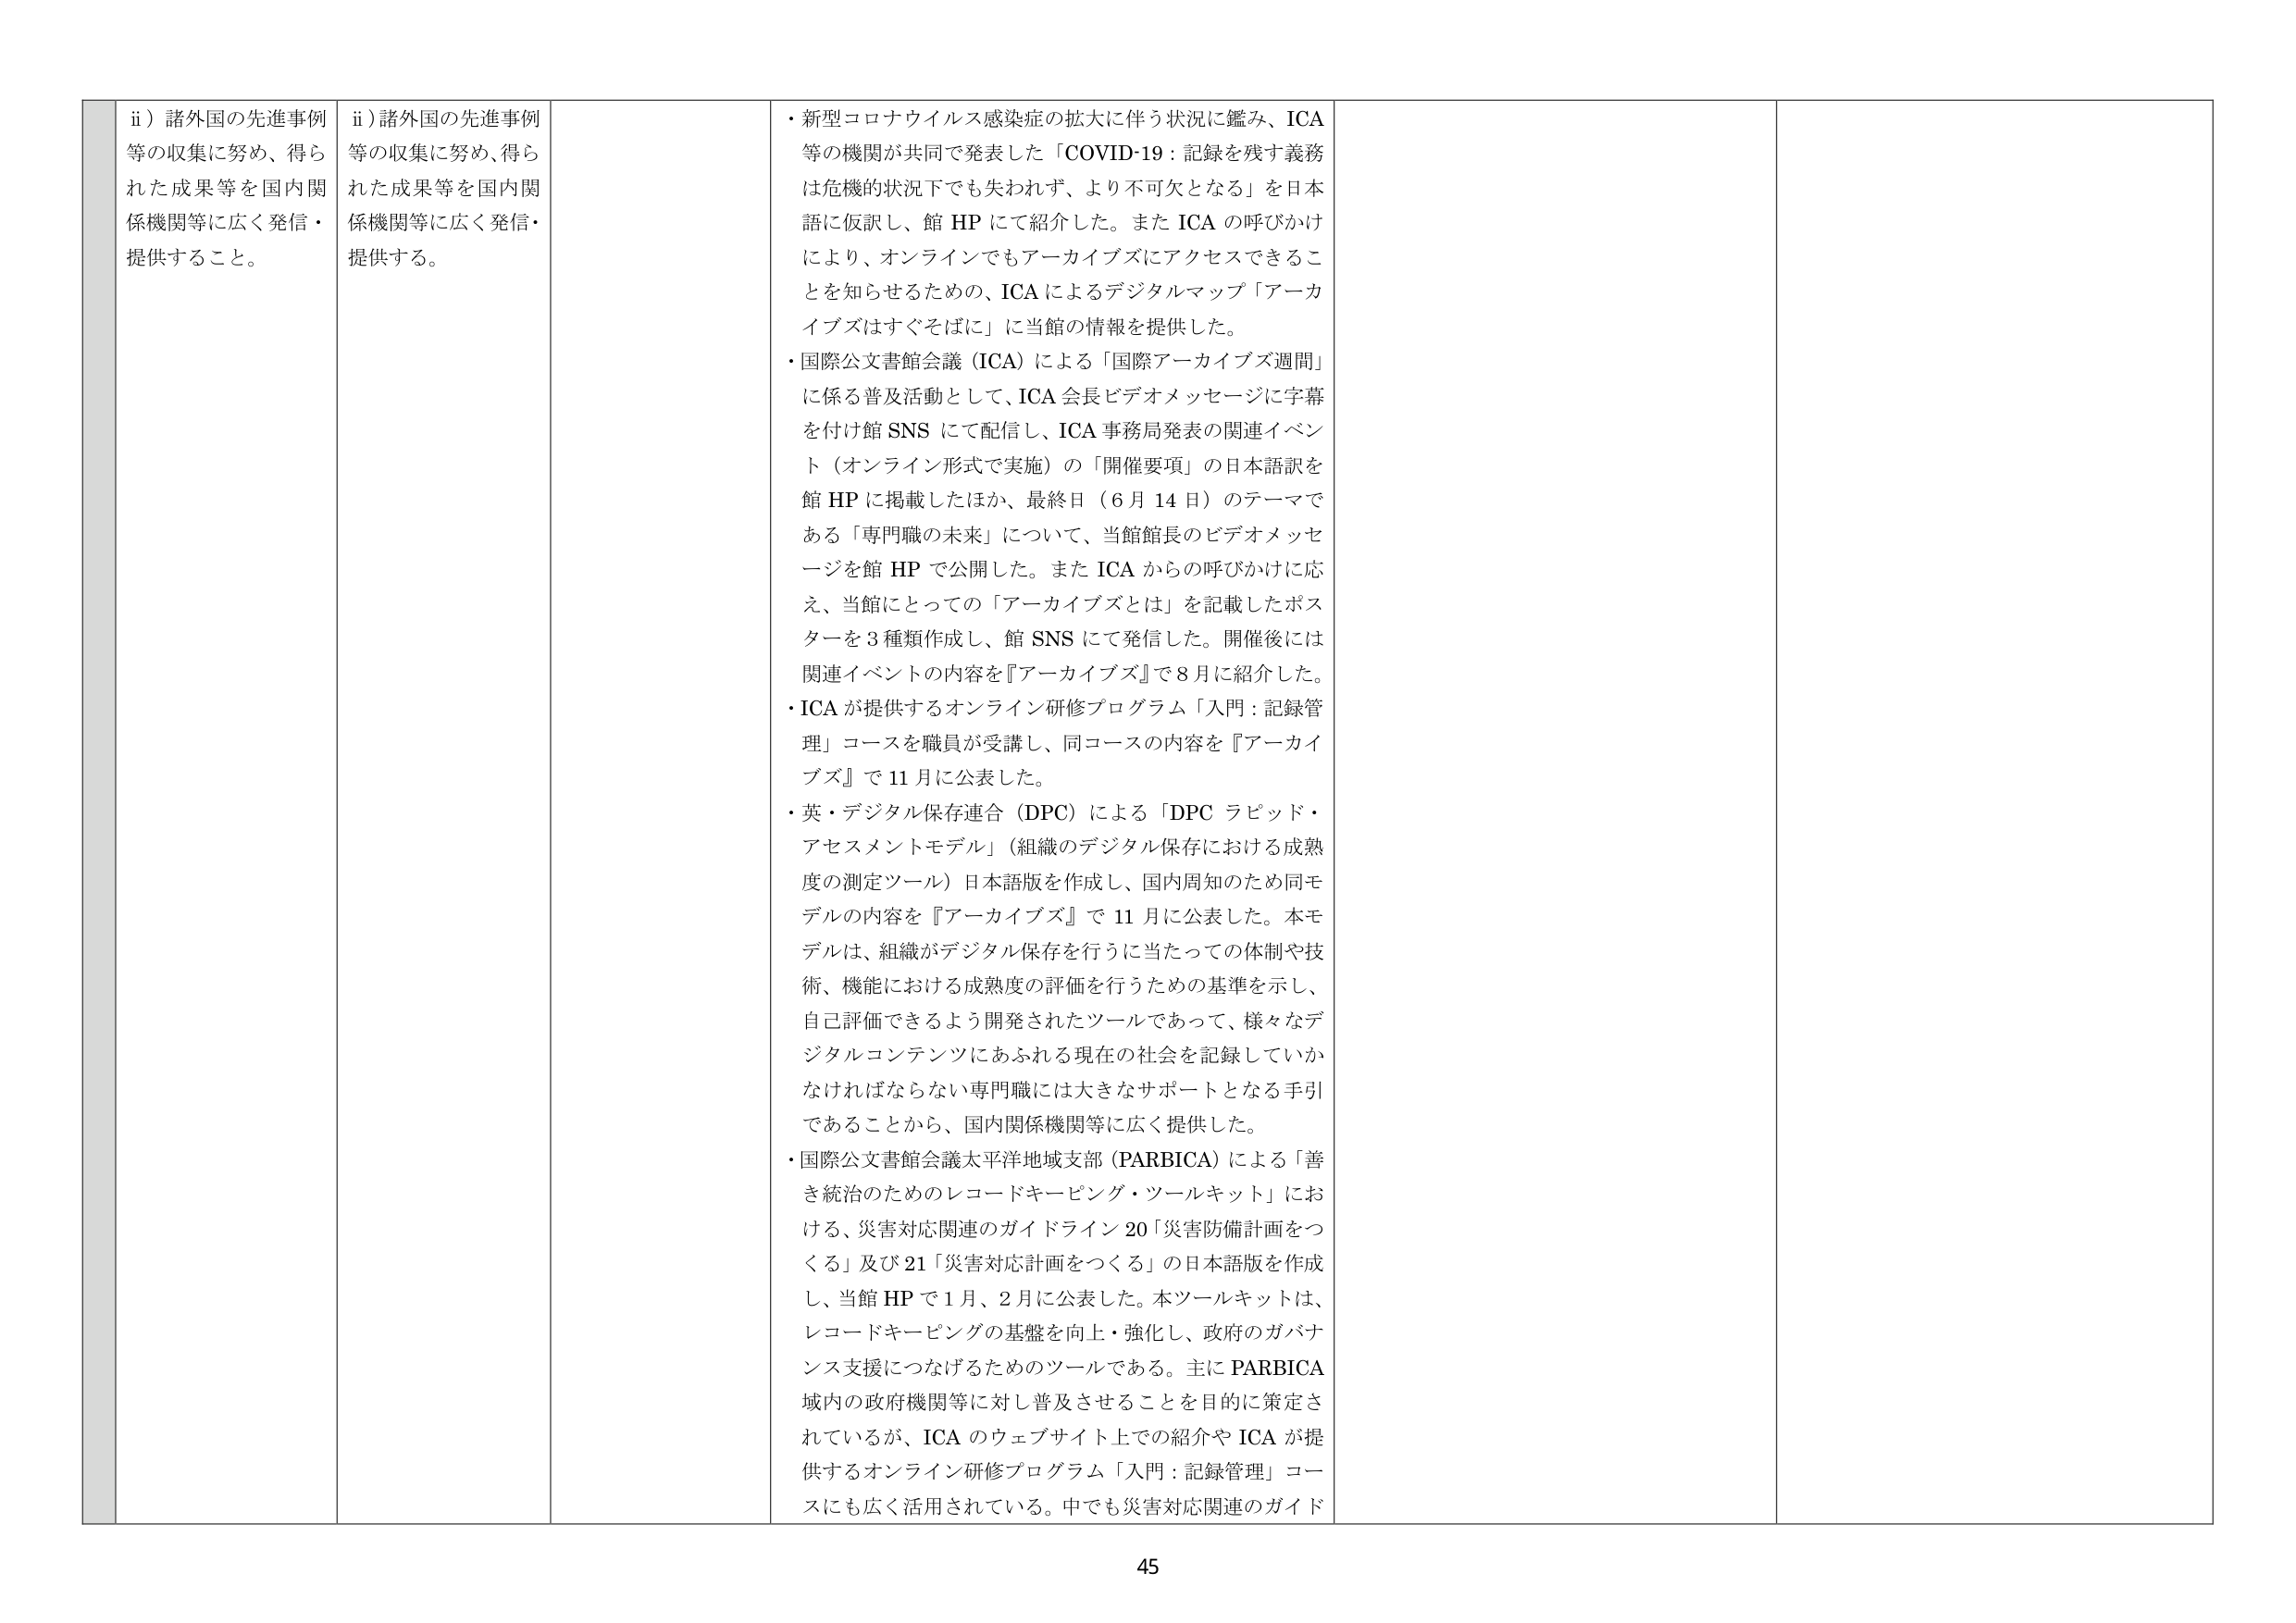
ii）諸外国の先進事例等の収集に努め、得られた成果等を国内関係機関等に広く発信・提供すること。

ii）諸外国の先進事例等の収集に努め、得られた成果等を国内関係機関等に広く発信・提供する。

・新型コロナウイルス感染症の拡大に伴う状況に鑑み、ICA等の機関が共同で発表した「COVID-19：記録を残す義務は危機的状況下でも失われず、より不可欠となる」を日本語に仮訳し、館HPにて紹介した。またICAの呼びかけにより、オンラインでもアーカイブズにアクセスできることを知らせるための、ICAによるデジタルマップ「アーカイブズはすぐそばに」に当館の情報を提供した。

・国際公文書館会議（ICA）による「国際アーカイブズ週間」に係る普及活動として、ICA会長ビデオメッセージに字幕を付け館SNSにて配信し、ICA事務局発表の関連イベント（オンライン形式で実施）の「開催要項」の日本語訳を館HPに掲載したほか、最終日（6月14日）のテーマである「専門職の未来」について、当館館長のビデオメッセージを館HPで公開した。またICAからの呼びかけに応え、当館にとっての「アーカイブズとは」を記載したポスターを3種類作成し、館SNSにて発信した。開催後には関連イベントの内容を『アーカイブズ』で8月に紹介した。

・ICAが提供するオンライン研修プログラム「入門：記録管理」コースを職員が受講し、同コースの内容を『アーカイブズ』で11月に公表した。

・英・デジタル保存連合（DPC）による「DPCラピッド・アセスメントモデル」（組織のデジタル保存における成熟度の測定ツール）日本語版を作成し、国内周知のため同モデルの内容を『アーカイブズ』で11月に公表した。本モデルは、組織がデジタル保存を行うに当たっての体制や技術、機能における成熟度の評価を行うための基準を示し、自己評価できるよう開発されたツールであって、様々なデジタルコンテンツにあふれる現在の社会を記録していかなければならない専門職には大きなサポートとなる手引であることから、国内関係機関等に広く提供した。

・国際公文書館会議太平洋地域支部（PARBICA）による「善き統治のためのレコードキーピング・ツールキット」における、災害対応関連のガイドライン20「災害防備計画をつくる」及び21「災害対応計画をつくる」の日本語版を作成し、当館HPで1月、2月に公表した。本ツールキットは、レコードキーピングの基盤を向上・強化し、政府のガバナンス支援につなげるためのツールである。主にPARBICA域内の政府機関等に対し普及させることを目的に策定されているが、ICAのウェブサイト上での紹介やICAが提供するオンライン研修プログラム「入門：記録管理」コースにも広く活用されている。中でも災害対応関連のガイド

45